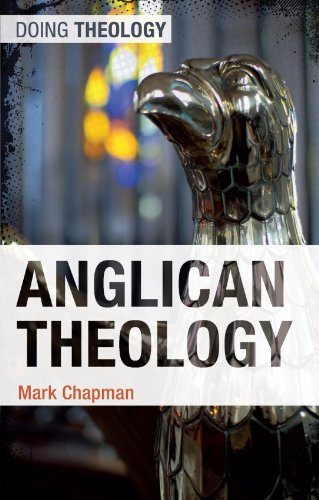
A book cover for Anglican Theology (Doing Theology); Mark Chapman; Christian Books & Bibles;